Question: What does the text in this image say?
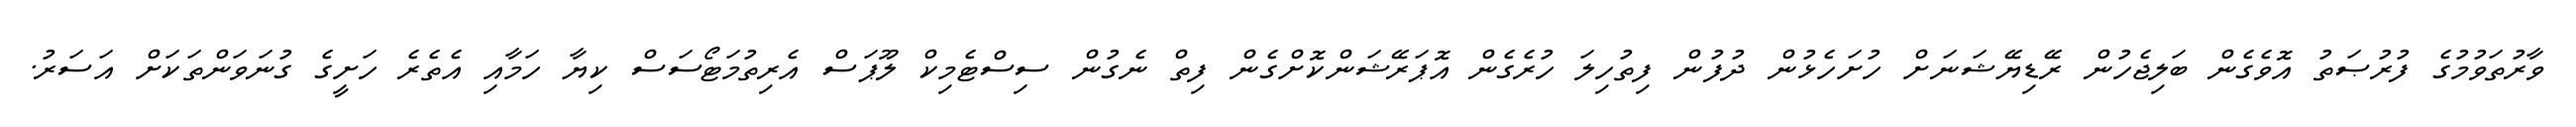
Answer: ވާރުތަވުމުގެ ފުރުޞަތު އޮވެގެން ބަލިޖެހުން ރޭޑިޔޭޝަނަށް ހުށަހެޅުން ދުފުން ފިތުހިލަ ހުރެގެން އޮޕަރޭޝަންކޮށްގެން ފިތް ނެގުން ސިސްޓެމިކް ލޫޕަސް އެރިތުމަޓޯސަސް ކިޔާ ހަމާއި އެތެރެ ހަށީގެ ގުނަވަންތަކަށް އަސަރު.